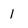
Character: 1